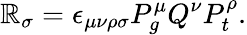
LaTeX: \mathbb{R}_{\sigma}=\epsilon_{\mu\nu\rho\sigma}P_{g}^{\mu}Q^{\nu}P_{t}^{\rho}.